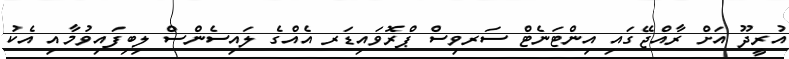
އުރީދޫ އަށް ރާއްޖޭގައި އިންޓަނެޓް ސަރވިސް ޕްރޮވައިޑަރ އެއްގެ ލައިސެންސް ލިބިފައިވުމާއި އެކު